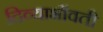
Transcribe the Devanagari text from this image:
दिव्याभोंवती